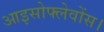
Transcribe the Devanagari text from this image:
आइसोफ्लेवोंस।